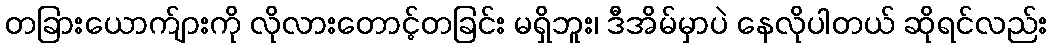
တခြားယောက်ျားကို လိုလားတောင့်တခြင်း မရှိဘူး၊ ဒီအိမ်မှာပဲ နေလိုပါတယ် ဆိုရင်လည်း